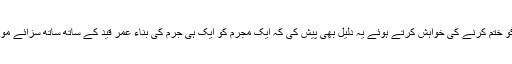
انھوں نے سزائے موت کو ختم کرنے کی خواہش کرتے ہوئے یہ دلیل بھی پیش کی کہ ایک مجرم کو ایک ہی جرم کی بناء عمر قید کے ساتھ ساتھ سزائے موت نہیں دی جانی چاہئے۔